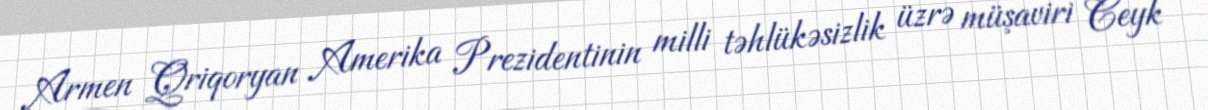
Armen Qriqoryan Amerika Prezidentinin milli təhlükəsizlik üzrə müşaviri Ceyk